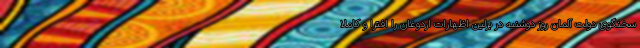
سخنگوی دولت آلمان روز دوشنبه در برلین اظهارات اردوغان را افترا و کاملا